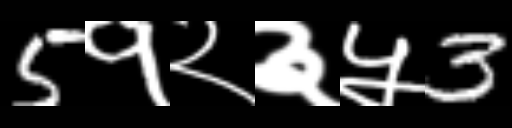
Text: 5१२३५3